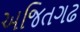
અજિતગઢ